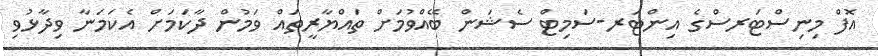
އޮފް މިނިސްޓަރސްގެ އިންޓަރ-ސަމިޓް ސެޝަން ބޭއްވުމަށް ތައްޔާރީތައް ވަމުން ދާކަމަށް އެކަމަނާ ވިދާޅުވި